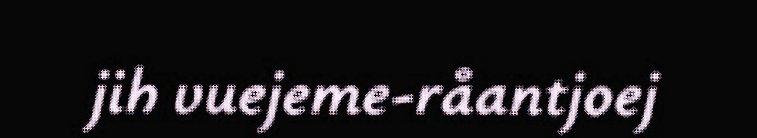
jih vuejeme-råantjoej